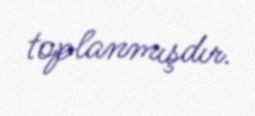
toplanmışdır.